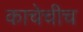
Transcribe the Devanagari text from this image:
काचेचीच